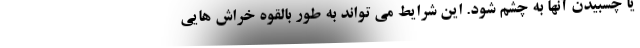
یا چسبیدن آنها به چشم شود. این شرایط می تواند به طور بالقوه خراش هایی